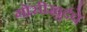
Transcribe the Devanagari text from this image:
गोसीखुर्दचे